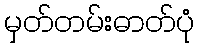
မှတ်တမ်းဓာတ်ပုံ